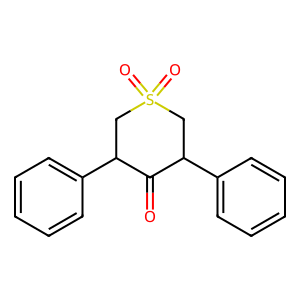
SMILES: O=C1C(c2ccccc2)CS(=O)(=O)CC1c1ccccc1
Inhibits HIV replication: No